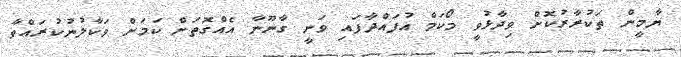
ޔާމީން ތަކުރާރުކޮށް ވިދާޅުވީ މޯކަމް އުފައްދާފައި ވަނީ ގާނޫނާ އެއްގޮތަށް ކަމަށް ވަކާލުނުކުރައްވާ